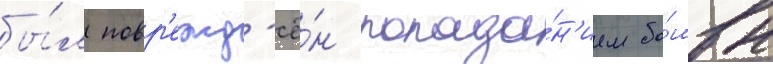
бы́л повр'ежд'ё́н попада́н'ием бо́мбы